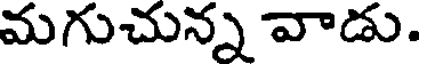
మగుచున్న వాడు.